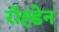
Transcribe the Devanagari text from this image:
रॉह्डेन